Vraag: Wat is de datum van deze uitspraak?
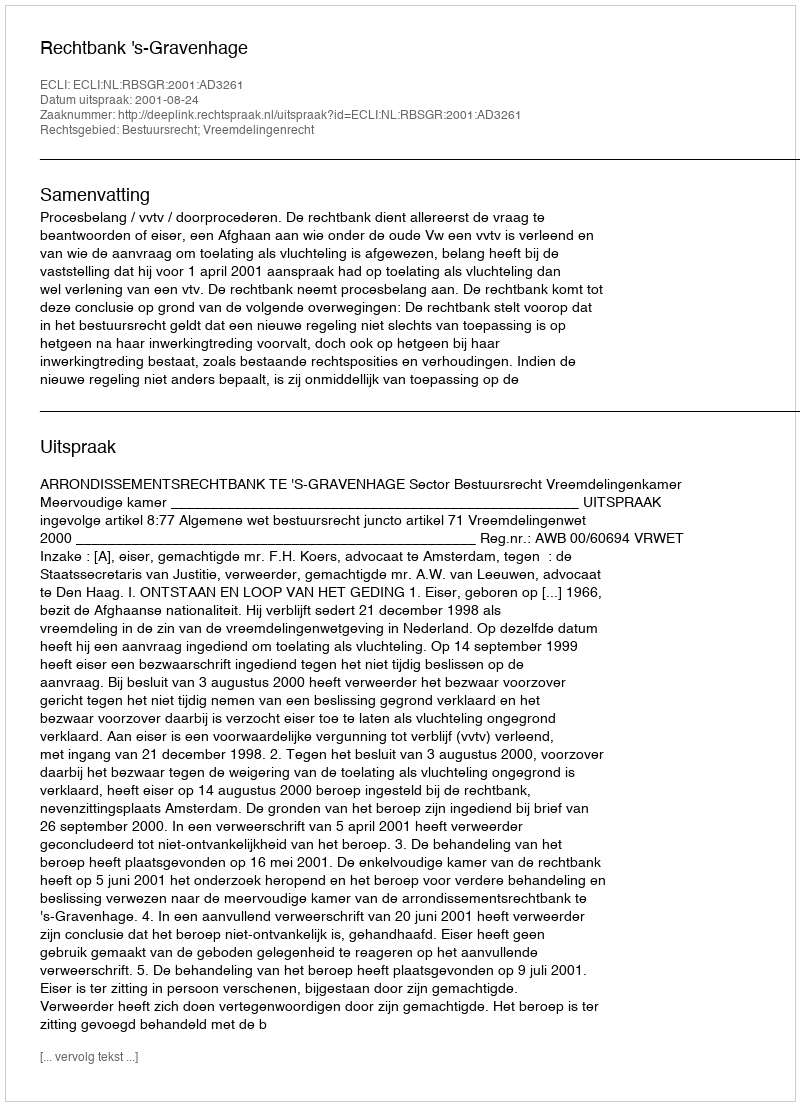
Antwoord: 2001-08-24